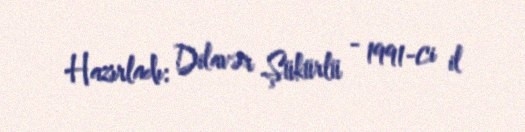
Hazırladı: Dilavər Şükürlü - 1991-ci il